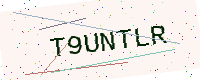
Text: T9UNTLR